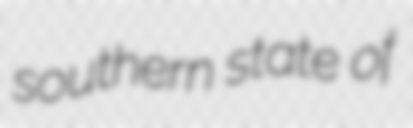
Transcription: southern state of